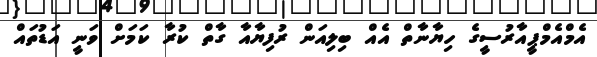
އެމްއެމްޕީއާރުސީގެ ހިޔާނާތް އެއް ބިލިއަން ރުފިޔާއާ ގާތް ކުރާ ކަމަށް ވަނީ އަޑުތައް